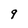
Character: 9